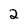
Character: 2